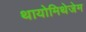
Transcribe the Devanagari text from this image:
थायोमिथेजेम